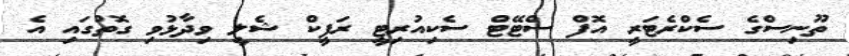
ތޫނިސްގެ ސެކްރެޓަރީ އޮފް ސްޓޭޓް ސެކިއުރިޓީ ރަފީކް ޝެލީ ވިދާޅުވި ގޮތުގައި އެ